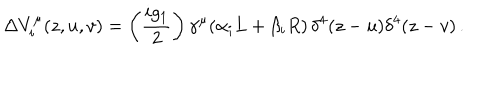
LaTeX: \Delta V _ { i } ^ { \mu } ( z , u , v ) = \left( \frac { i g _ { 1 } } { 2 } \right) \gamma ^ { \mu } ( \alpha _ { i } L + \beta _ { i } R ) \, \delta ^ { 4 } ( z - u ) \delta ^ { 4 } ( z - v ) \, .